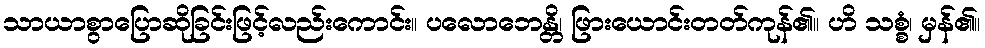
သာယာစွာပြောဆိုခြင်းဖြင့်လည်းကောင်း။ ပလောဘေန္တိ၊ ဖြားယောင်းတတ်ကုန်၏။ ဟိ သစ္စံ၊ မှန်၏။